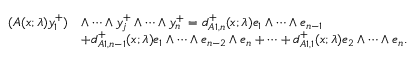
\begin{array} { r l } { ( A ( x ; \lambda ) y _ { 1 } ^ { + } ) } & { \wedge \cdots \wedge y _ { j } ^ { + } \wedge \cdots \wedge y _ { n } ^ { + } = d _ { A 1 , n } ^ { + } ( x ; \lambda ) e _ { 1 } \wedge \dots \wedge e _ { n - 1 } } \\ & { + d _ { A 1 , n - 1 } ^ { + } ( x ; \lambda ) e _ { 1 } \wedge \dots \wedge e _ { n - 2 } \wedge e _ { n } + \dots + d _ { A 1 , 1 } ^ { + } ( x ; \lambda ) e _ { 2 } \wedge \dots \wedge e _ { n } . } \end{array}